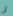
أن